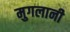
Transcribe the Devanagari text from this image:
मुगलानी